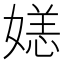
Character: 𫱛